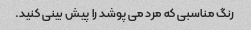
رنگ مناسبی که مرد می پوشد را پیش بینی کنید.